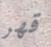
قهر